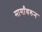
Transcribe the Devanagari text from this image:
मार्गांवरुन